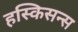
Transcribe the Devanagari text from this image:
हस्किसन्स